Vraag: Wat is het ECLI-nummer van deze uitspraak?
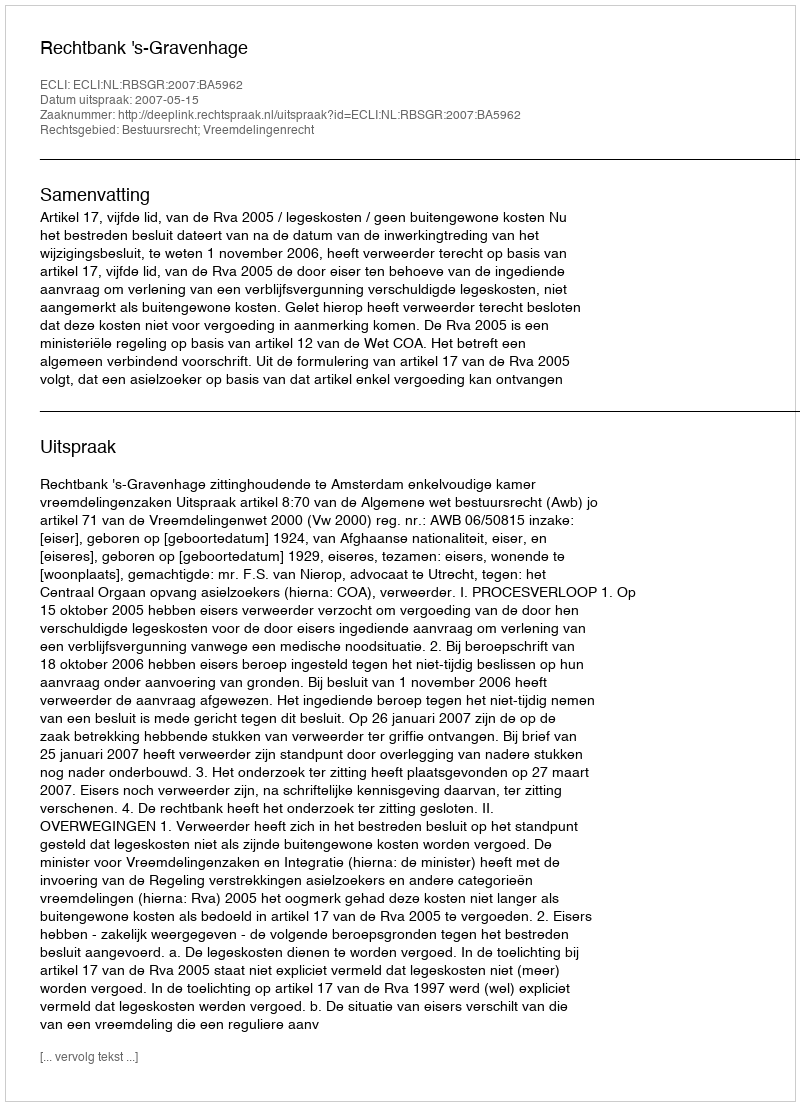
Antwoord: ECLI:NL:RBSGR:2007:BA5962